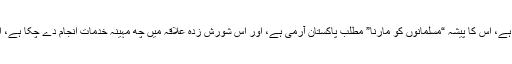
لیکن ابھی ہفتہ قبل میرا پھپھو زاد بھائی یہاں سے واپس پاکستان گیا ہے، اُس کا پیشہ “مسلمانوں کو مارنا” مطلب پاکستان آرمی ہے، اور اس شورش زدہ علاقہ میں چھ مہینہ خدمات انجام دے چکا ہے، اُس کے بیان کردہ حالات تو “اصل حالات” سے بھی کہیں بدتر ہیں ۔